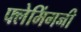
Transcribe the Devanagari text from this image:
फ्लेमिंगनी